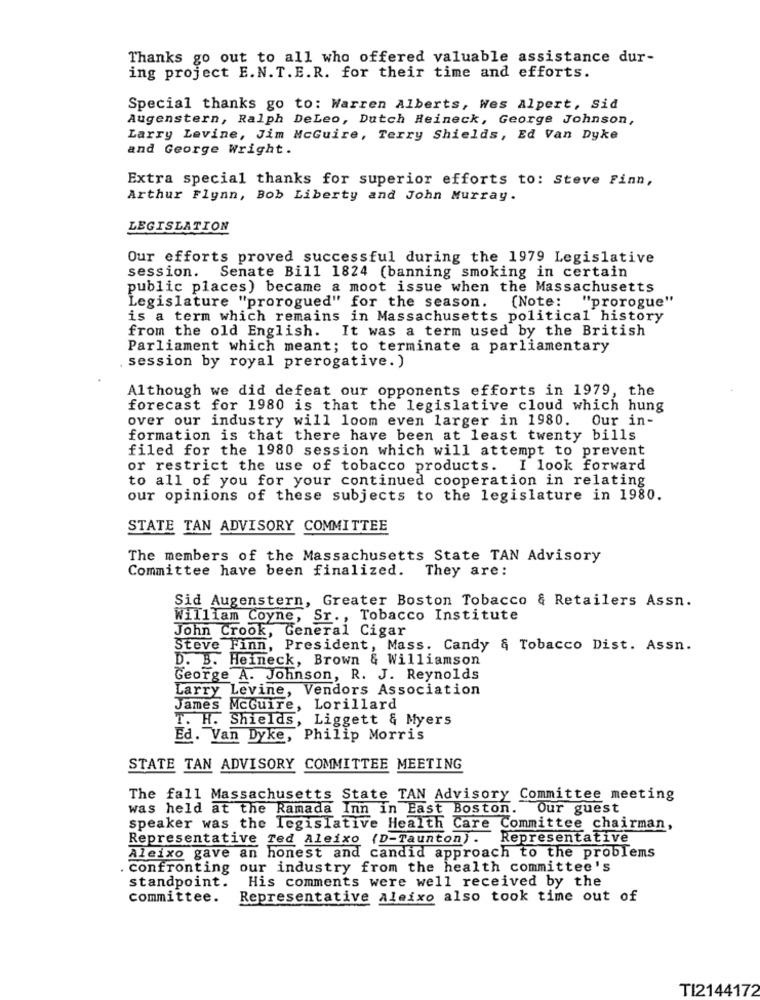
Thanks go out to all who offered valuable assistance dur-
ing project E.N.T.E.R. for their time and efforts.
Special thanks go to: Warren Alberts, Wes Alpert, Sid
Augenstern, Ralph DeLeo, Dutch Heineck, George Johnson,
Larry Levine, Jim McGuire, Terry Shields, Ed Van Dyke
and George Wright.
Extra special thanks for superior efforts to: Steve Finn,
Arthur Flynn, Bob Liberty and John Murray.
LEGISLATION
Our efforts proved successful during the 1979 Legislative
session.
Senate Bill 1824 (banning smoking in certain
public places) became a moot issue when the Massachusetts
(Note:
"prorogue"
Legislature "prorogued" for the season.
is a term which remains in Massachusetts political history
from the old English. It was a term used by the British
Parliament which meant; to terminate a parliamentary
session by royal prerogative. )
Although we did defeat our opponents efforts in 1979, the
forecast for 1980 is that the legislative cloud which hung
over our industry will loom even larger in 1980.
Our in-
formation is that there have been at least twenty bills
filed for the 1980 session which will attempt to prevent
or restrict the use of tobacco products. I look forward
to all of you for your continued cooperation in relating
our opinions of these subjects to the legislature in 1980.
STATE TAN ADVISORY COMMITTEE
The members of the Massachusetts State TAN Advisory
Committee have been finalized. They are:
Sid Augenstern, Greater Boston Tobacco & Retailers Assn.
William Coyne, Sr ., Tobacco Institute
John Crook, General Cigar
Steve Finn, President, Mass. Candy & Tobacco Dist. Assn.
D. B. Heineck, Brown & Williamson
George A. Johnson, R. J. Reynolds
Larry Levine, Vendors Association
James McGuire, Lorillard
T. H. Shields, Liggett & Myers
Ed. Van Dyke, Philip Morris
STATE TAN ADVISORY COMMITTEE MEETING
The fall Massachusetts State TAN Advisory Committee meeting
was held at the Ramada Inn in East Boston. Our guest
speaker was the legislative Health Care Committee chairman,
Representative Ted Aleixo (D-Taunton). Representative
Aleixo gave an honest and candid approach to the problems
confronting our industry from the health committee's
standpoint.
His comments were well received by the
committee.
Representative aleixo also took time out of
TI2144172